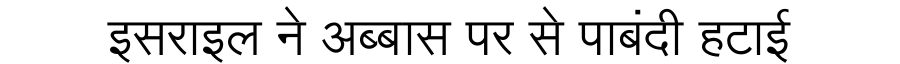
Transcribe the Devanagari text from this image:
इसराइल ने अब्बास पर से पाबंदी हटाई